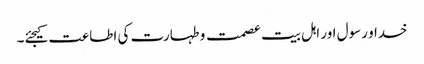
خدا و رسول اور اہل بیت عصمت و طہارت کی اطاعت کیجئے۔